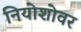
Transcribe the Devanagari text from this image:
नियोशोवर